Report of the Indian Hemp Drugs Commission, 1894-1895 - Volume V
Year: 1894
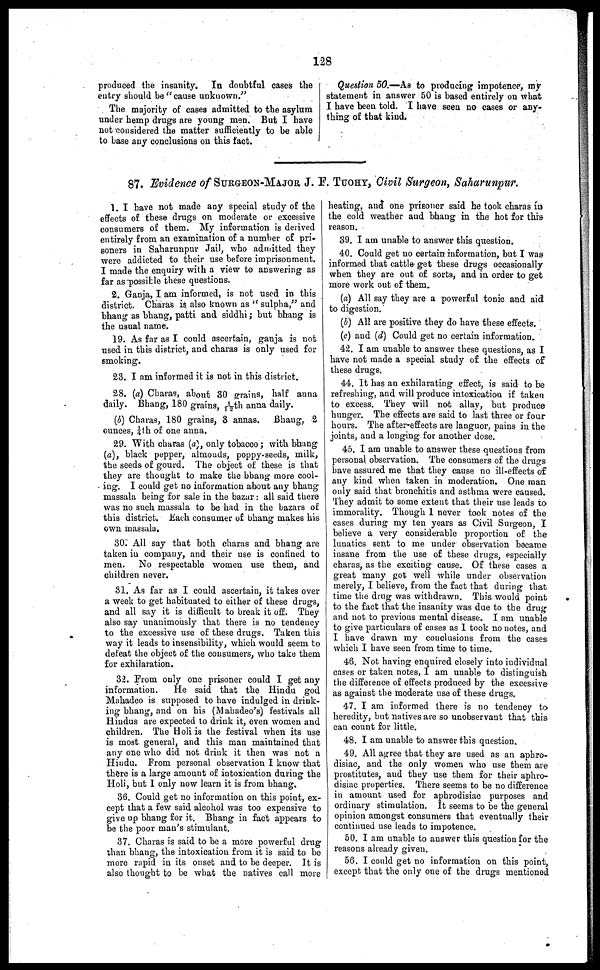
128
produced the insanity. In doubtful cases the
entry should be "cause unknown."
The majority of cases admitted to the asylum
under hemp drugs are young men. But I have
not considered the matter sufficiently to be able
to base any conclusions on this fact.
Question 50.—As to producing impotence, my
statement in answer 50 is based entirely on what
I have been told. I have seen no cases or any-
thing of that kind.
87. Evidence of SURGEON -MAJOR J. F. TUOHY , Civil Surgeon, Saharunpur.
1. I have not made any special study of the
effects of these drugs on moderate or excessive
consumers of them. My information is derived
entirely from an examination of a number of pri-
soners in Saharunpur Jail, who admitted they
were addicted to their use before imprisonment.
I made the enquiry with a view to answering as
far as possible these questions.
2. Ganja, I am informed, is not used in this
district. Charas is also known as " sulpha," and
bhang as bhang, patti and siddhi; but bhang is
the usual name.
19. As far as I could ascertain, ganja is not
used in this district, and charas is only used for
smoking.
23. I am informed it is not in this district.
28. (a) Charas, about 30 grains, half anna
daily. Bhang, 180 grains, 1/12th anna daily.
(b) Charas, 180 grains, 3 annas. Bhang, 2
ounces, ¼th of one anna.
29. With charas (a), only tobacco; with bhang
(a), black pepper, almonds, poppy-seeds, milk,
the seeds of gourd. The object of these is that
they are thought to make the bhang more cool-
ing. I could get no information about any bhang
massala being for sale in the bazar: all said there
was no such massala to be had in the bazars of
this district, Each consumer of bhang makes his
own massala.
30. All say that both charas and bhang are
taken in company, and their use is confined to
men. No respectable women use them, and
children never.
31. As far as I could ascertain, it takes over
a week to get habituated to either of these drugs,
and all say it is difficult to break it off. They
also say unanimously that there is no tendency
to the excessive use of these drugs. Taken this
way it leads to insensibility, which would seem to
defeat the object of the consumers, who take them
for exhilaration.
32. Prom only one prisoner could I get any
information.
He said that the Hindu god
Mahadeo is supposed to have indulged in drink-
ing bhang, and on his (Mahadeo's) festivals all
Hindus are expected to drink it, even women and
children. The Holi is the festival when its use
is most general, and this man maintained that
any one who did not drink it then was not a
Hindu. From personal observation I know that
there is a large amount of intoxication during the
Holi, but I only now learn it is from bhang.
36. Could get no information on this point, ex-
cept that a few said alcohol was too expensive to
give up bhang for it. Bhang in fact appears to
be the poor man's stimulant.
37. Charas is said to be a more powerful drug
than bhang, the intoxication from it is said to be
more rapid in its onset and to be deeper. It is
also thought to be what the natives call more
heating, and one prisoner said he took charas in
the cold weather and bhang in the hot for this
reason.
39. I am unable to answer this question.
40. Could get no certain information, but I was
informed that cattle get these drugs occasionally
when they are out of sorts, and in order to get
more work out of them.
(a) All say they are a powerful tonic and aid
to digestion.
(b) All are positive they do have these effects.
(c) and (d) Could get no certain information.
42. I am unable to answer these questions, as I
have not made a special study of the effects of
these drugs.
44. It has an exhilarating effect, is said to be
refreshing, and will produce intoxication if taken
to excess. They will not allay, but produce
hunger. The effects are said to last three or four
hours. The after-effects are languor, pains in the
joints, and a longing for another dose.
45. I am unable to answer these questions from
personal observation. The consumers of the drugs
have assured me that they cause no ill-effects of
any kind when taken in moderation. One man
only said that bronchitis and asthma were caused.
They admit to some extent that their use leads to
immorality. Though I never took notes of the
cases during my ten years as Civil Surgeon, I
believe a very considerable proportion of the
lunatics sent to me under observation became
insane from the use of these drugs, especially
charas, as the exciting cause. Of these cases a
great many got well while under observation
merely, I believe, from the fact that during that
time the drug was withdrawn. This would point
to the fact that the insanity was due to the drug
and not to previous mental disease. I am unable
to give particulars of cases as I took no notes, and
I have drawn my conclusions from the cases
which I have seen from time to time.
46. Not having enquired closely into individual
cases or taken notes, I am unable to distinguish
the difference of effects produced by the excessive
as against the moderate use of these drugs.
47. I am informed there is no tendency to
heredity, but natives are so unobservant that this
can count for little.
48. I am unable to answer this question.
49. All agree that they are used as an aphro-
disiac, and the only women who use them are
prostitutes, and they use them for their aphro-
disiac properties. There seems to be no difference
in amount used for aphrodisiac purposes and
ordinary stimulation. It seems to be the general
opinion amongst consumers that eventually their
continued use leads to impotence.
50. I am unable to answer this question for the
reasons already given.
56. I could get no information on this point,
except, that the only one of the drugs mentioned